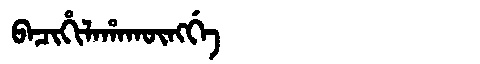
Manchu: ᠪᠠᠴᡳᡥᡳᠯᠠᡥᠠᡴᡡᠩᡤᡝ
Romanization: BACIHILAHAKŪNGGE